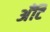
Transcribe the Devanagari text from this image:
अँटि